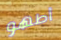
أطهو